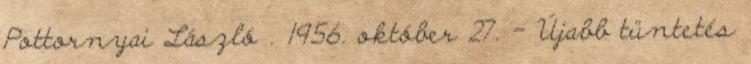
Pottornyai László . 1956. október 27. – Újabb tüntetés